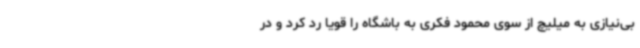
بی‌نیازی به میلیچ از سوی محمود فکری به باشگاه را قویا رد کرد و در